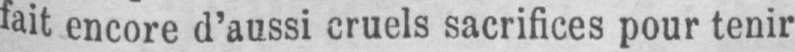
fait encore d’aussi cruels sacrifices pour tenir